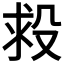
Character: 𣪋